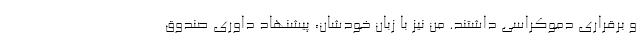
و برقراری دموکراسی داشتند. من نیز با زبان خودشان، پیشنهاد داوری صندوق